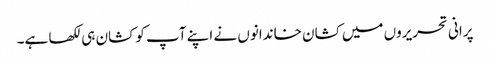
پرانی تحریروں میں کشان خاندانوں نے اپنے آپ کو کشان ہی لکھا ہے۔